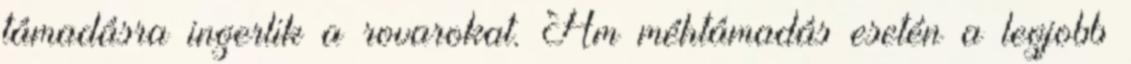
támadásra ingerlik a rovarokat. Ám méhtámadás esetén a legjobb